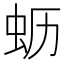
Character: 𱿚